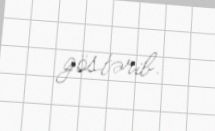
göstərib.